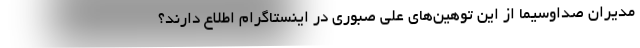
مدیران صداوسیما از این توهین‌های علی صبوری در اینستاگرام اطلاع دارند؟